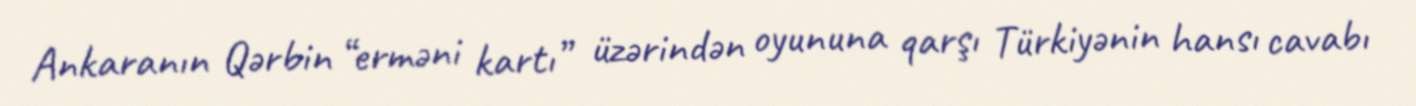
Ankaranın Qərbin “erməni kartı” üzərindən oyununa qarşı Türkiyənin hansı cavabı